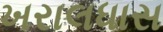
ખરાલધાસ